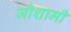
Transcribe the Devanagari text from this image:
जोशामी